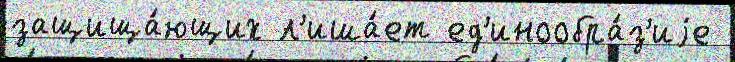
защища́ющих л'иша́ет ед'инообра́з'иjе